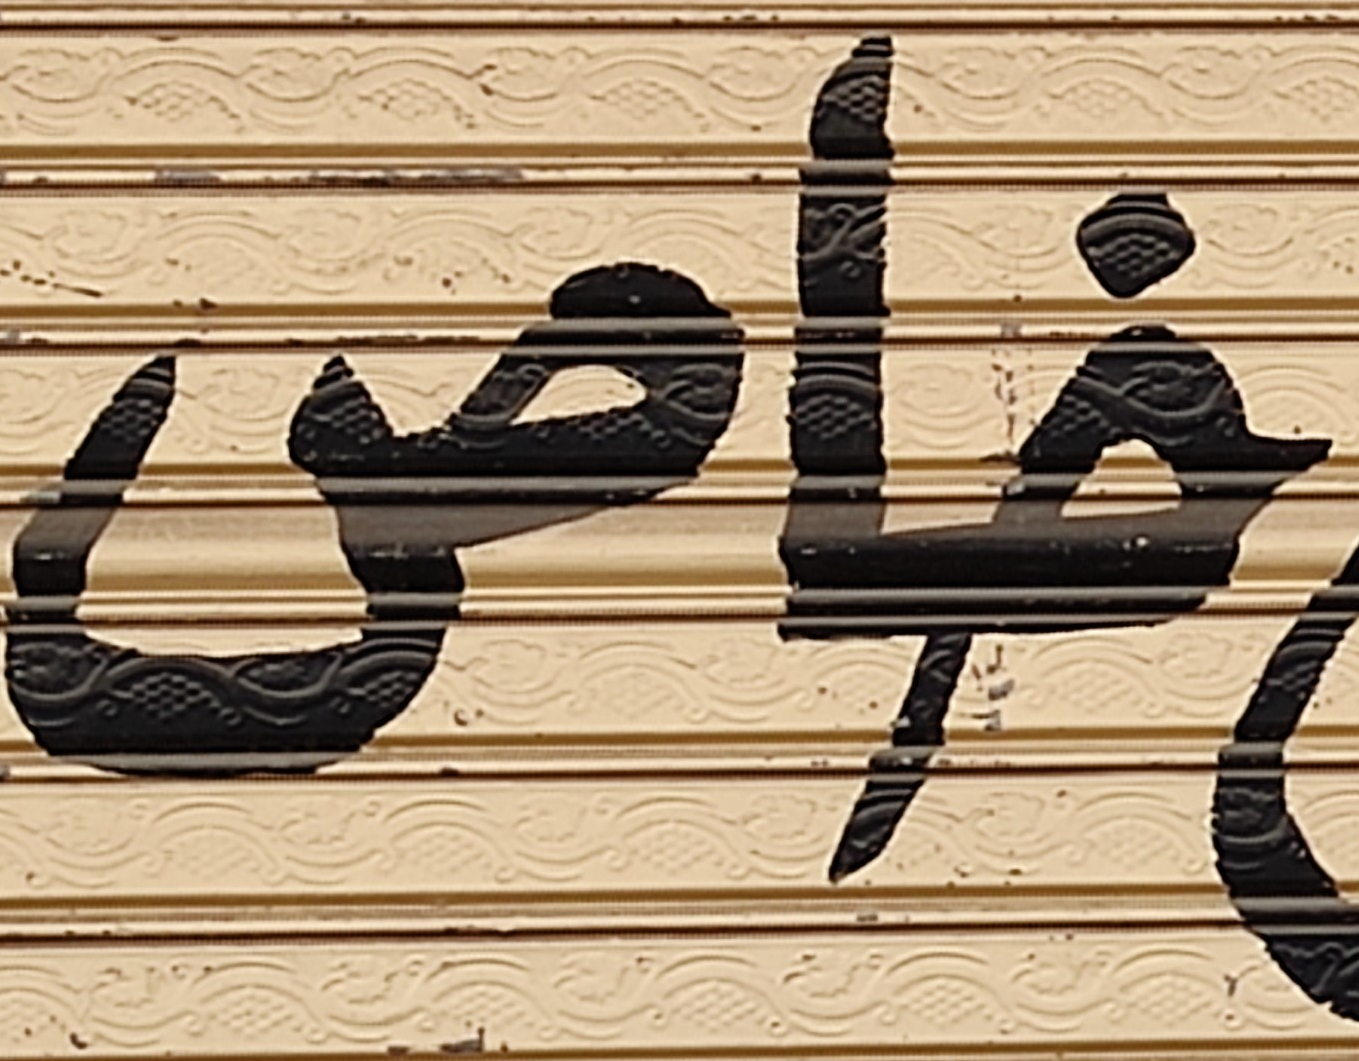
خاص